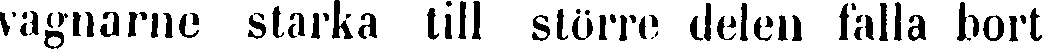
vagnarne starka till större delen falla bort